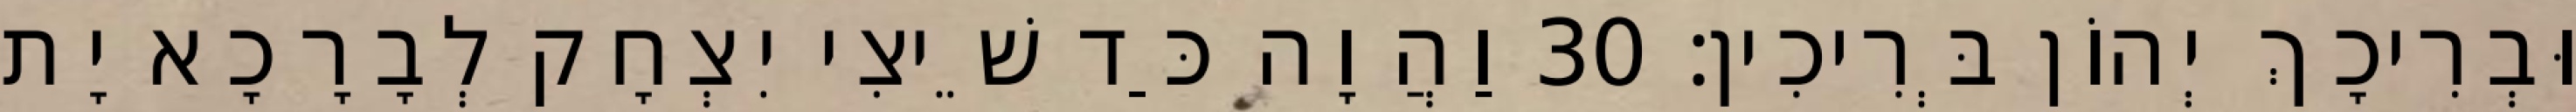
וּבְרִיכָךְ יְהוֹן בְּרִיכִין׃ 30 וַהֲוָה כַּד שֵׁיצִי יִצְחָק לְבָרָכָא יָת